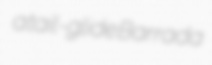
a tail-glide Barrada